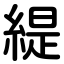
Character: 緹